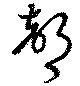
声